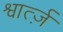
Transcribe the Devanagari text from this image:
श्वार्त्ज़